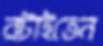
রটাইতেন